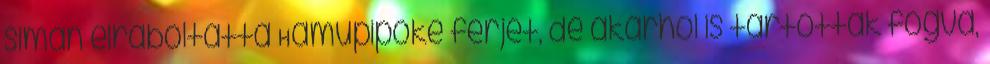
simán elraboltatta Hamupipőke férjét, de akárhol is tartották fogva,